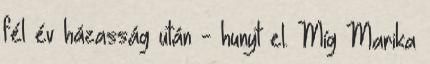
fél év házasság után - hunyt el. Míg Marika